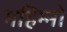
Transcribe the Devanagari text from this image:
महिम्नो